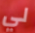
لي